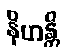
နိဟန္တိ